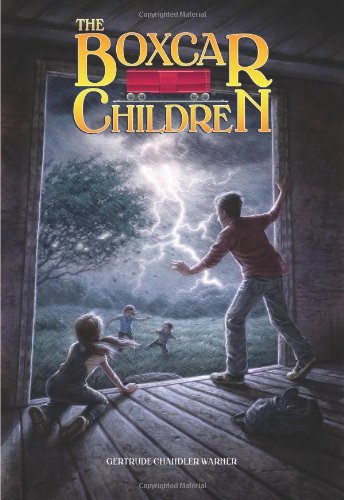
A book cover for The Boxcar Children (The Boxcar Children, No. 1) (Boxcar Children Mysteries); Gertrude Chandler Warner; Children's Books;